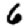
Digit: 6